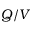
Q / V